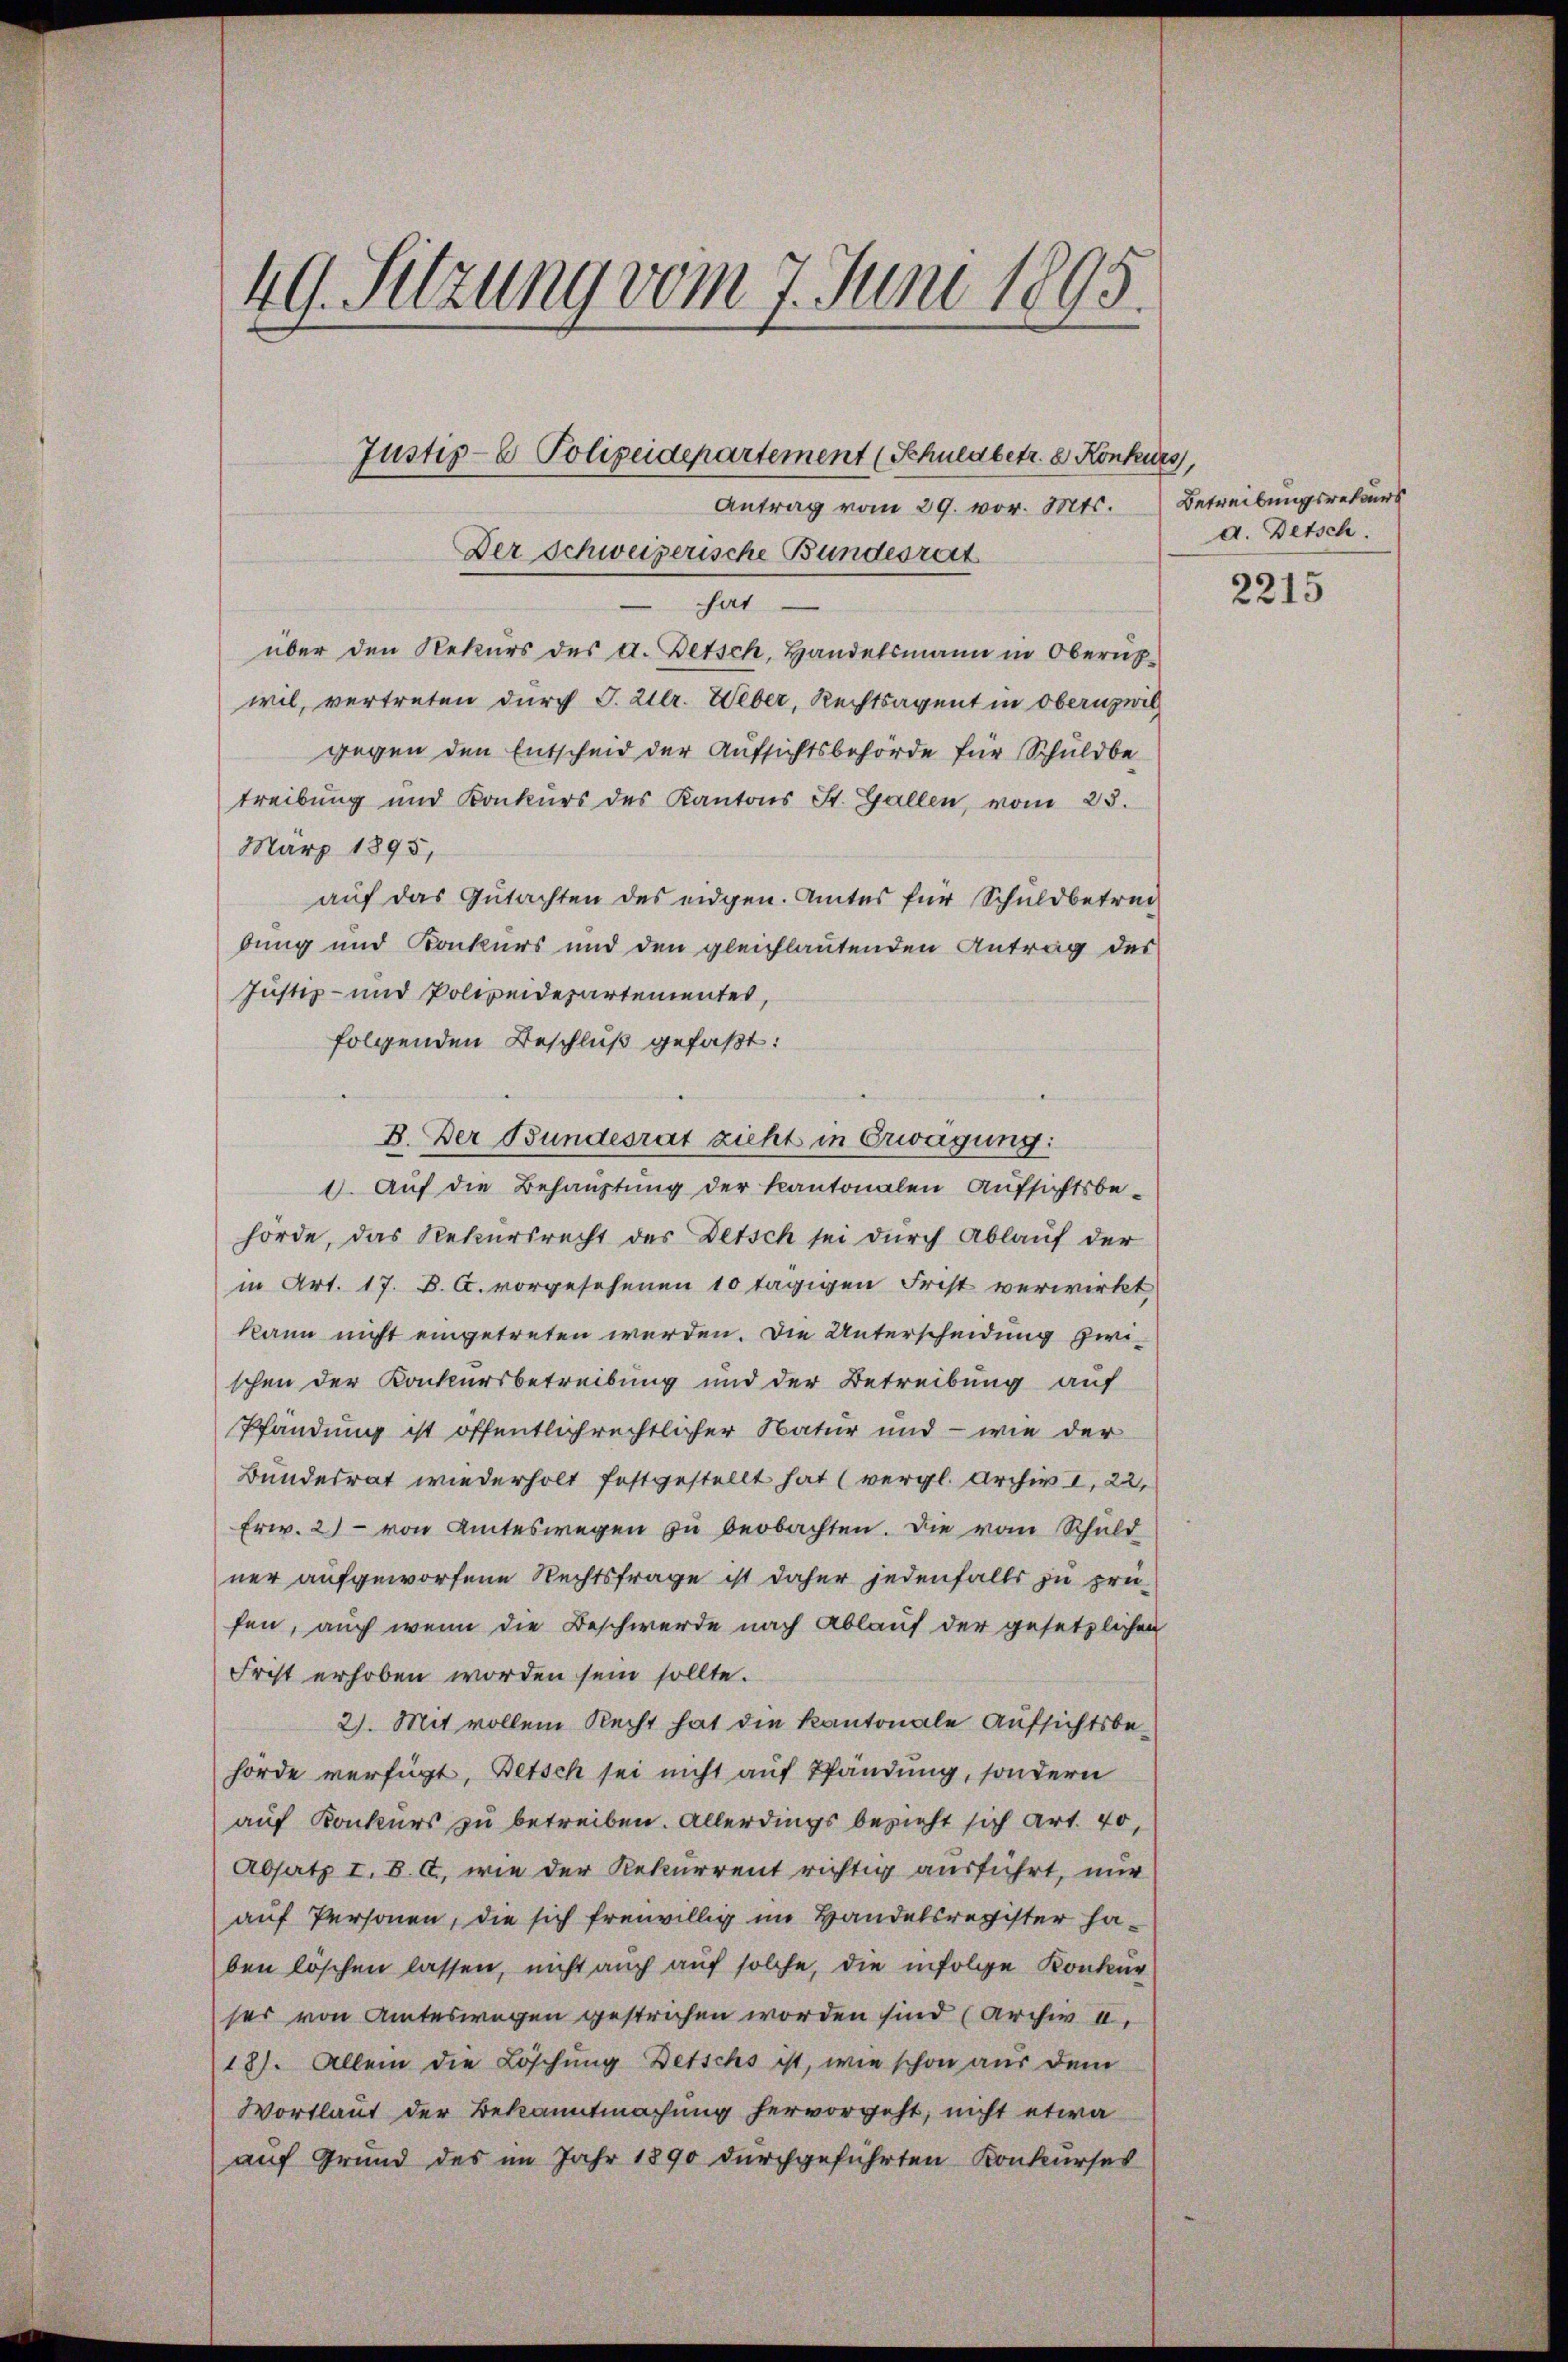
49. Setzung vom 7. Juni 1895.
Justiz- & Polizeidepartement (Schuldbetr. d. Konkurs,
Antrag vom 29. vor. Mts. Betreibungsrekurs
Der Schweizerische Bundesrat

hat
über den Rekurs des d. Betsch, Handelsmann in Oberühwil, vertreten durch J. Ulr. Weber, Rechtsagent in Obernzwil
gegen den Entscheid der Aufsichtsbehörde für Schuldbetreibung und Konkurs des Kantons St. Gallen, vom 23.
März 1895,
auf das Gutachten des eidgen. Amtes für Schuldbetreibung und Konkurs und den gleichlautenden Antrag des
Justiz- und Polizeidepartementes,
folgenden Beschluß gefaßt:
B. Der Bundesrat zieht in Erwägung:
1. Auf die Behauptung der kantonalen Aufsichtsbehörde, das Rekursrecht des Detsch sei durch Ablauf der
in Art. 17. B. C. vorgesehenen 10 tägigen Frist verwirkt
kann nicht eingetreten werden. Die Unterscheidung zwischen der Konkursbetreibung und der Betreibung auf
Pfandung ist öffentlichrechtlicher Natur und - wie der
Bundesrat wiederholt festgestellt hat (vergl. Archiv I, 22,
Erw. 2) von Amteswegen zu beobachten. Die vom Schuld
ner aufgeworfene Rechtsfrage ist daher jedenfalls zu prüfen, auch wenn die Beschwerde nach Ablauf der gesetzlichen
Frist erhoben worden sein sollte.
2). Mit vollem Recht hat die Kantonale Aufsichtsbehörde verfügt, Betsch sei nicht auf Pfändung, sondern
auf Konkurs zu betreiben. Allerdings bezieht sich Art. 40,
Absatz I. B. a., wie der Rekurrent richtig ausführt, nur
auf Personen, die sich freiwillig im Handelsregister haben löschen lassen, nicht auch auf solche, die infolge Konkur
ser von Amteswegen gestrichen worden sind (Archiv II.
18). Allein die Löschung Betschs ist, wie schon aus dem
Wortlaut der Bekanntmachung hervorgeht, nicht etwa
auf Grund des im Jahr 1890 durchgeführten Konkurses

a. Betsch.

2215